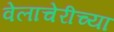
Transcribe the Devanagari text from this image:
वेलाचेरीच्या